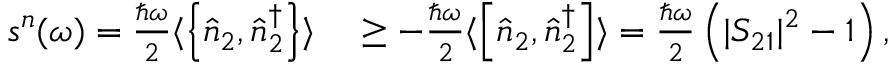
\begin{array} { r l } { s ^ { n } ( \omega ) = \frac { \hbar \omega } { 2 } \langle \left\{ \hat { n } _ { 2 } , \hat { n } _ { 2 } ^ { \dagger } \right\} \rangle } & { { } \ge - \frac { \hbar \omega } { 2 } \langle \left[ \hat { n } _ { 2 } , \hat { n } _ { 2 } ^ { \dagger } \right] \rangle = \frac { \hbar \omega } { 2 } \left( | S _ { 2 1 } | ^ { 2 } - 1 \right) , } \end{array}